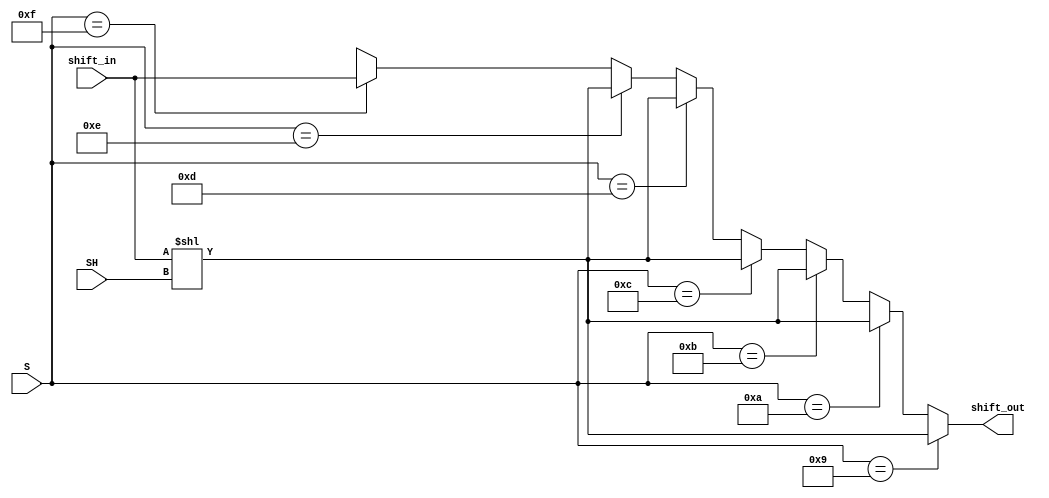
`timescale 1ns / 1ps

module RISC_shifter(
    input [31:0] shift_in,
    input [4:0] SH,
    input [3:0] S,
    output [31:0]  shift_out
    );
    
    wire [63:0] rot;
    wire [63:0] logical;
    wire [63:0] arith;
    
    assign rot = {shift_in,shift_in};
    assign logical={32'b0,shift_in};
    assign arith={{32{shift_in[31]}},shift_in};
    
    assign shift_out = (S==4'b1001) ? logical << SH:
                       (S==4'b1010) ? logical << SH:
                       (S==4'b1011) ? logical << SH:
                       (S==4'b1100) ? logical << SH:
                       (S==4'b1101) ? logical << SH:
                       (S==4'b1110) ? logical << SH:
                       (S==4'b1111) ? shift_in: 32'bx;
endmodule